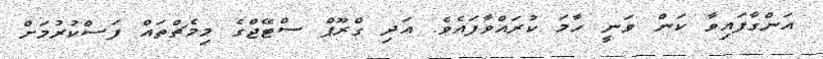
އަންގާފައިވާ ކަން ވަނީ ހާމަ ކުރައްވާފައެވެ. އަދި ގްރޫޕް ސްޓޭޖްގެ މިމެޗްތައް ފަސްކުރުމަށް